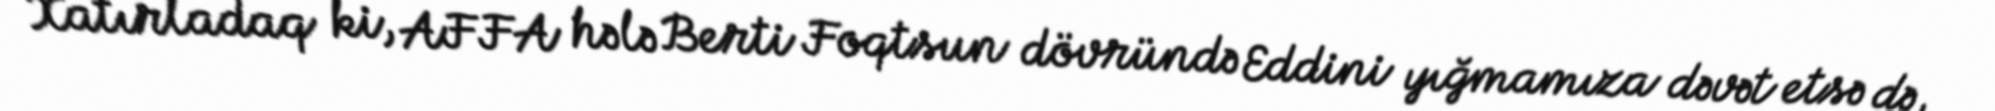
Xatırladaq ki, AFFA hələ Berti Foqtsun dövründə Eddini yığmamıza dəvət etsə də,